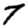
Digit: 7